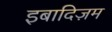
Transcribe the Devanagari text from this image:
इबादिज़म